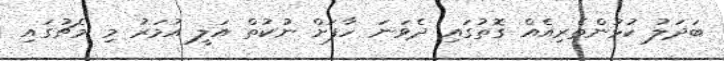
ބަދަލު ކުޅުންތެރިއެއް ގޮތުގައި ދެވަނަ ހާފަށް ނުކުތް އަލީ އުމަރު މި މެޗުގައި